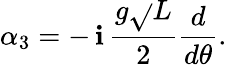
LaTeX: \alpha_{3}=-\, \mathbf{i}\, {\frac{{g\sqrt{}{L}}}{{2}}}{\frac{{d}}{{d\theta}}}.